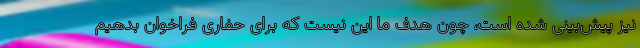
نیز پیش‌بینی شده است، چون هدف ما این نیست که برای حفاری فراخوان بدهیم